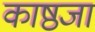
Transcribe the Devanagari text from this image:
काष्ठजा